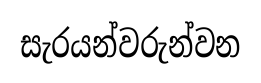
සැරයන්වරුන්වන